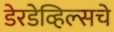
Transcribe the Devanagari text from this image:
डेरडेव्हिल्सचे